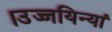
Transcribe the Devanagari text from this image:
।उज्जयिन्यां